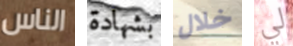
الناس بشهادة خلال لي